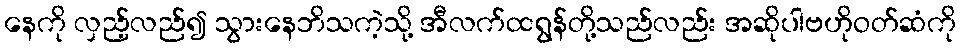
နေကို လှည့်လည်၍ သွားနေဘိသကဲ့သို့ အီလက်ထရွန်တို့သည်လည်း အဆိုပါဗဟိုဝတ်ဆံကို